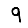
Digit: 9